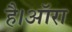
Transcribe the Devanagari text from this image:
है।ऑरा